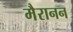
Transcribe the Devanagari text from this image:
मैरानन